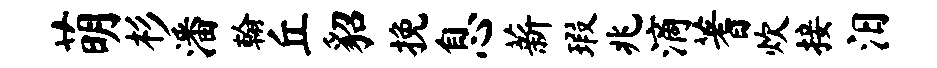
萌杉潘翰丘貂挽息薪瑕兆滴蓍炊接汨